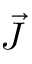
\vec { J }